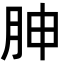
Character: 胂